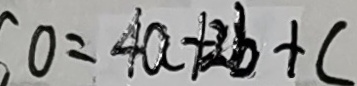
O = 4 a + 2 b + c